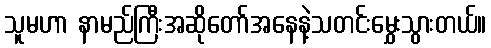
သူမဟာ နာမည်ကြီးအဆိုတော်အနေနဲ့သတင်းမွှေးသွားတယ်။